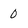
Character: 0